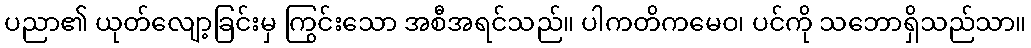
ပညာ၏ ယုတ်လျော့ခြင်းမှ ကြွင်းသော အစီအရင်သည်။ ပါကတိကမေဝ၊ ပင်ကို သဘောရှိသည်သာ။